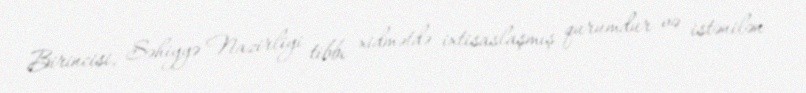
Birincisi, Səhiyyə Nazirliyi tibbi xidmətdə ixtisaslaşmış qurumdur və istənilən